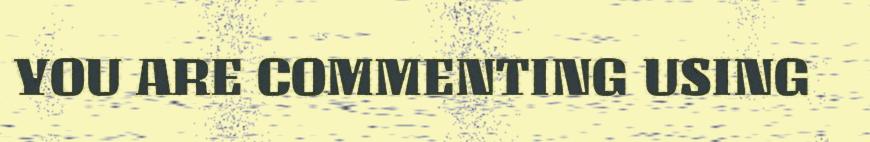
YOU ARE COMMENTING USING